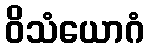
ဝိသံယောဂံ